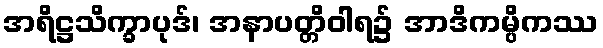
အရိဋ္ဌသိက္ခာပုဒ်၊ အနာပတ္တိဝါရ၌ အာဒိကမ္ပိကဿ